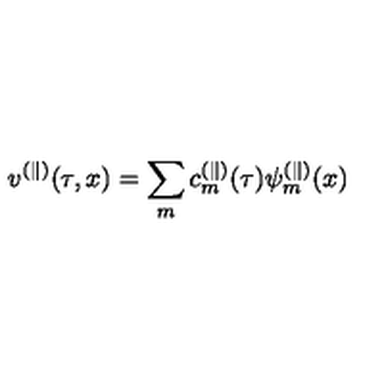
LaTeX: v ^ { ( \parallel ) } ( \tau , x ) = \sum _ { m } c _ { m } ^ { ( \parallel ) } ( \tau ) \psi _ { m } ^ { ( \parallel ) } ( x )